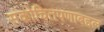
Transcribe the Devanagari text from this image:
संकोचितपणाबद्दल